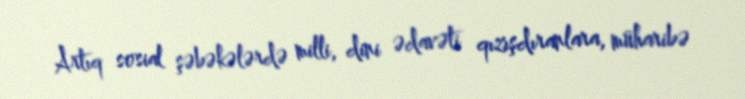
Artıq sosial şəbəkələrdə milli, dini ədavəti qızışdıranlara, müharibə